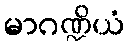
မာဂဏ္ဍိယံ